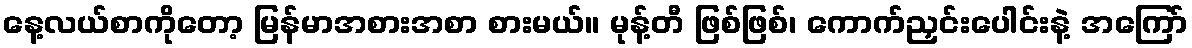
နေ့လယ်စာကိုတော့ မြန်မာအစားအစာ စားမယ်။ မုန့်တီ ဖြစ်ဖြစ်၊ ကောက်ညှင်းပေါင်းနဲ့ အကြော်